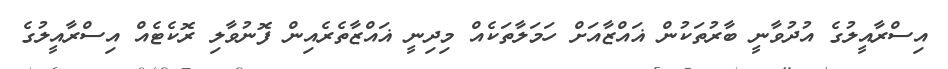
އިސްރާއީލުގެ އުދުވާނީ ބާރުތަކުން ޣައްޒާއަށް ހަމަލާތަކެއް މިދިނީ ޣައްޒާތެރެއިން ފޮނުވާލި ރޮކެޓެއް އިސްރާއީލުގެ